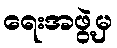
ရေးအဖွဲ့မှ